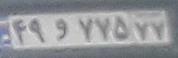
۴۹و۷۷۵۷۷